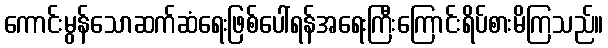
ကောင်းမွန်သောဆက်ဆံရေးဖြစ်ပေါ်ရန်အရေးကြီးကြောင်းရိပ်စားမိကြသည်။